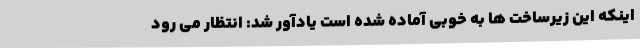
اینکه این زیرساخت ها به خوبی آماده شده است یادآور شد: انتظار می رود